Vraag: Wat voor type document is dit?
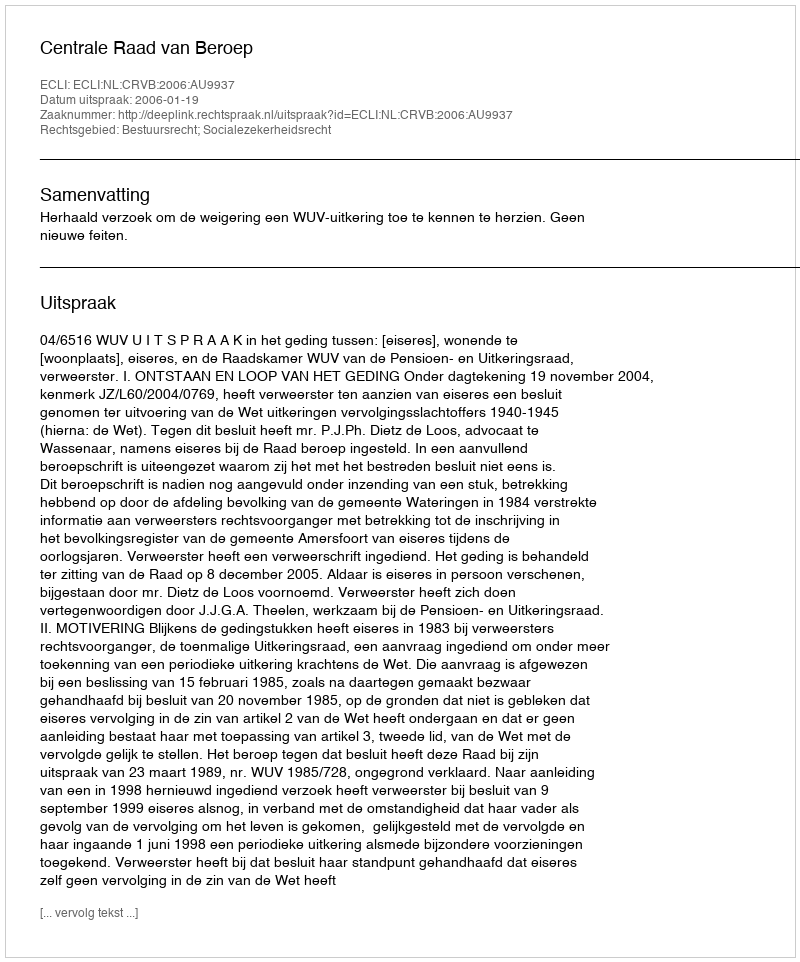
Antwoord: Uitspraak